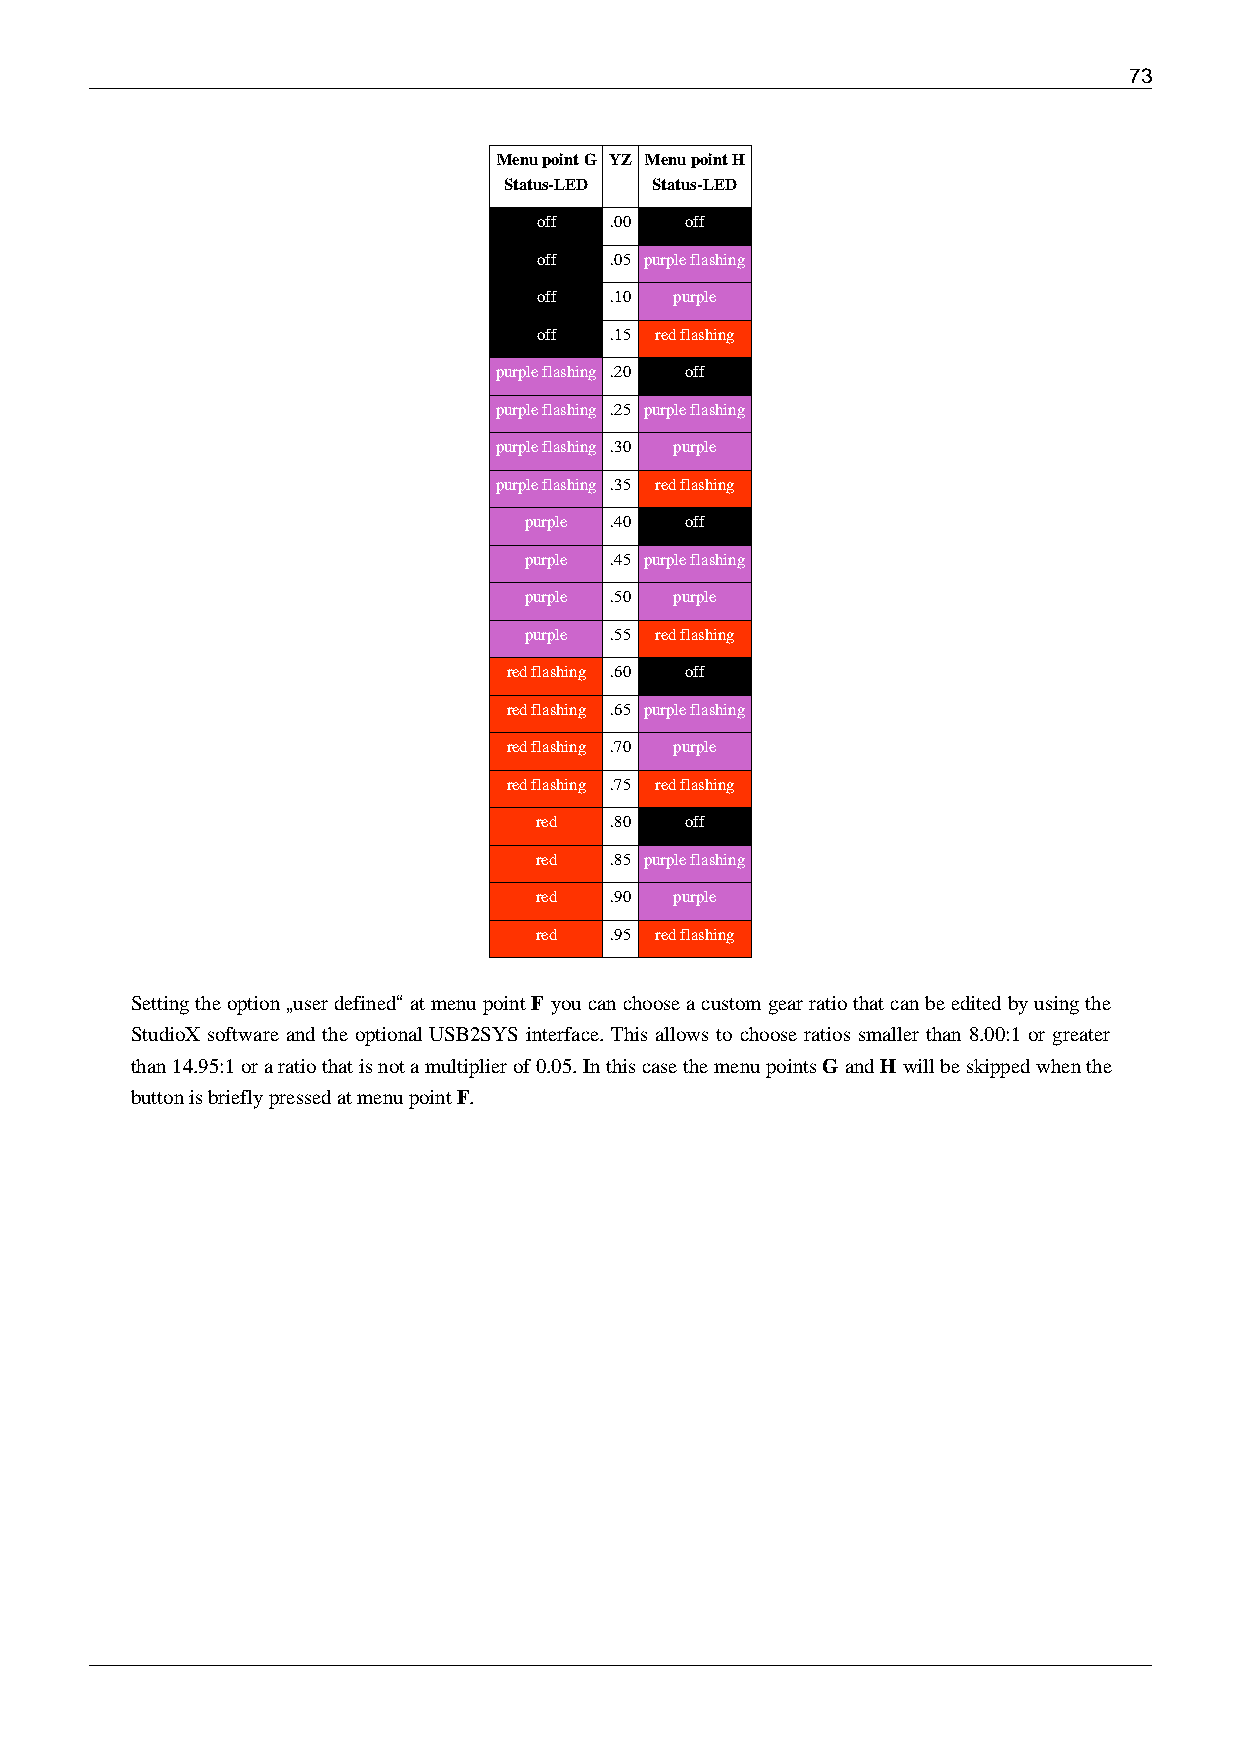
73
 Menu point G YZ Menu point H
 Status-LED Status-LED
 off .00  off
 off .05 purple flashing
 off .10  purple
 off .15 red flashing
 purple flashing .20 off
 purple flashing .25 purple flashing
 purple flashing .30 purple
 purple flashing .35 red flashing
 purple .40 off
 purple .45 purple flashing
 purple .50 purple
 purple .55 red flashing
 red flashing .60 off
 red flashing .65 purple flashing
 red flashing .70 purple
 red flashing .75 red flashing
 red  .80  off
 red  .85 purple flashing
 red  .90  purple
 red  .95 red flashing
 Setting the option „user defined“ at menu point F you can choose a custom gear ratio that can be edited by using the
 StudioX software and the optional USB2SYS interface. This allows to choose ratios smaller than 8.00:1 or greater
 than 14.95:1 or a ratio that is not a multiplier of 0.05. In this case the menu points G and H will be skipped when the
 button is briefly pressed at menu point F.